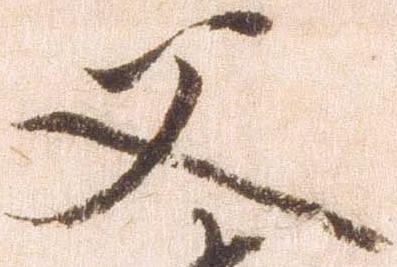
父